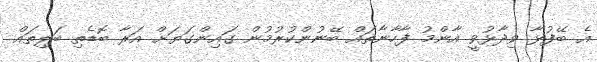
އެ ބޭފުޅާ ވިދާޅުވީ އާންމު ފާހާނާތައް ބޭނުންކުރުމުން ގައިންގަޔަށް އަރާ ބޮޑެތި ބަލިތައް